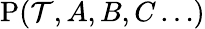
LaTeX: \mathrm{P}({\cal T},A,B,C\ldots)